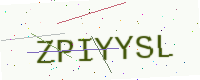
Text: ZPIYYSL